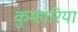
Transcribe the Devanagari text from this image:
कुम्हारिया